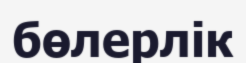
бөлерлік